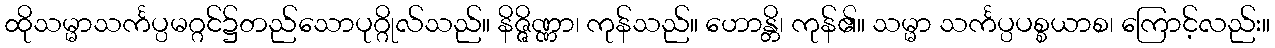
ထိုသမ္မာသင်္ကပ္ပမဂ္ဂင်၌တည်သောပုဂ္ဂိုလ်သည်။ နိဇ္ဇိဏ္ဏာ၊ ကုန်သည်။ ဟောန္တိ၊ ကုန်၏။ သမ္မာ သင်္ကပ္ပပစ္စယာစ၊ ကြောင့်လည်း။